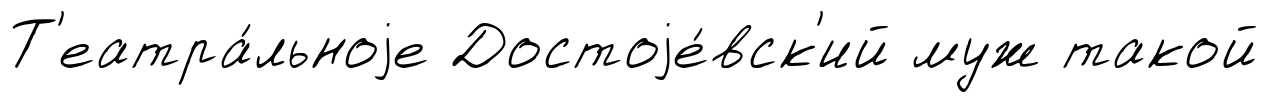
Т'еатра́льноjе Достоjе́вск'ий муж такой